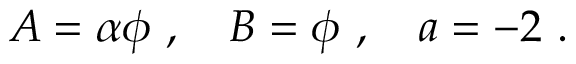
A = \alpha \phi ~ , ~ ~ ~ B = \phi ~ , ~ ~ ~ a = - 2 ~ .